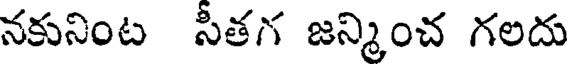
నకునింట సీతగ జన్మించ గలదు